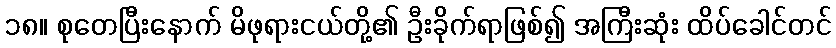
၁၈။ စုတေပြီးနောက် မိဖုရားငယ်တို့၏ ဦးခိုက်ရာဖြစ်၍ အကြီးဆုံး ထိပ်ခေါင်တင်